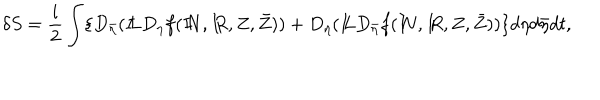
LaTeX: \delta S = \frac { i } { 2 } \int \{ D _ { \bar { \eta } } ( { I \! \! L } D _ { \eta } f ( { I \! \! N } , { I \! \! R } , Z , \bar { Z } ) ) + D _ { \eta } ( { I \! \! L } D _ { \bar { \eta } } f ( { I \! \! N } , { I \! \! R } , Z , \bar { Z } ) ) \} d \eta d \bar { \eta } d t ,